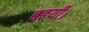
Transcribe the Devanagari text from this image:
बढयी।